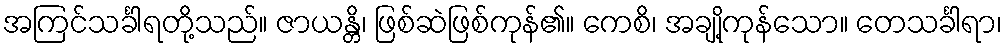
အကြင်သင်္ခါရတို့သည်။ ဇာယန္တိ၊ ဖြစ်ဆဲဖြစ်ကုန်၏။ ကေစိ၊ အချို့ကုန်သော။ တေသင်္ခါရာ၊